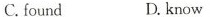
C.found D.know